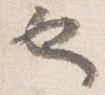
也